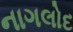
નાગલોદ